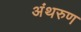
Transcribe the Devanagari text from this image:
अंथरुण